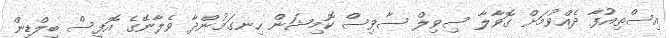
އިސްތިއުފާ ދެއްވުމަށް ގޮވާލާ ސިވިލް ސާވިސް ކޮމިޝަން ހިނގަމުންދާ ވެލާނޭގެ އޮފީސް ބިލްޑިން